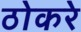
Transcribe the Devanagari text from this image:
ठोकरे